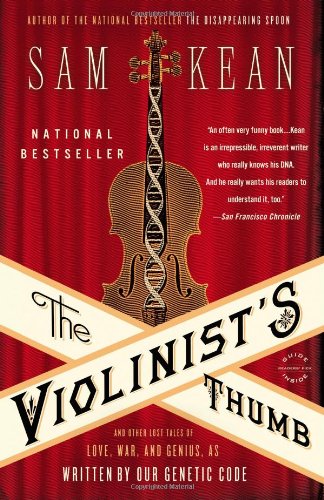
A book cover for The Violinist's Thumb: And Other Lost Tales of Love, War, and Genius, as Written by Our Genetic Code; Sam Kean; Medical Books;